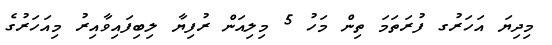
މިދިޔަ އަހަރުގ ފުރަތަމަ ތިން މަހު 5 މިލިއަން ރުފިޔާ ލިބިފައިވާއިރު މިއަހަރުގެ